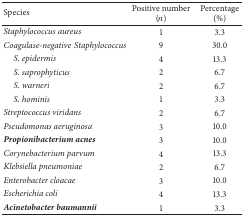
<table><thead><tr><td><b>Species</b></td><td><b>Positive number (<i>n</i>)</b></td><td><b>Percentage (%)</b></td></tr></thead><tbody><tr><td><i>Staphylococcus aureus </i></td><td>1</td><td>3.3</td></tr><tr><td><i>Coagulase-negativeStaphylococcus </i></td><td>9</td><td>30.0</td></tr><tr><td> <i>S. epidermis </i></td><td>4</td><td>13.3</td></tr><tr><td> <i>S. saprophyticus </i></td><td>2</td><td>6.7</td></tr><tr><td> <i>S. warneri </i></td><td>2</td><td>6.7</td></tr><tr><td> <i>S. hominis </i></td><td>1</td><td>3.3</td></tr><tr><td><i>Streptococcus viridans </i></td><td>2</td><td>6.7</td></tr><tr><td><i>Pseudomonas aeruginosa </i></td><td>3</td><td>10.0</td></tr><tr><td><b><i>Propionibacterium acnes</i></b></td><td>3</td><td>10.0</td></tr><tr><td><i>Corynebacterium parvum </i></td><td>4</td><td>13.3</td></tr><tr><td><i>Klebsiella pneumoniae </i></td><td>2</td><td>6.7</td></tr><tr><td><i>Enterobacter cloacae </i></td><td>3</td><td>10.0</td></tr><tr><td><i>Escherichia coli </i></td><td>4</td><td>13.3</td></tr><tr><td><b><i>Acinetobacter baumannii</i></b></td><td>1</td><td>3.3</td></tr></tbody></table>